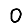
Digit: 0